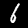
Label: 6